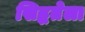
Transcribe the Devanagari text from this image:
सिद्धतेला